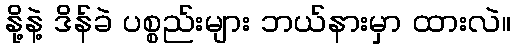
နို့နဲ့ ဒိန်ခဲ ပစ္စည်းများ ဘယ်နားမှာ ထားလဲ။